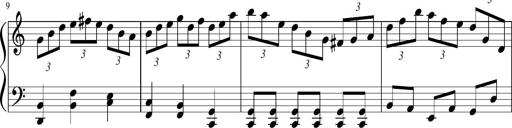
Title: Sonatina in F major
Composer: Ethan Ngo
Key: F major